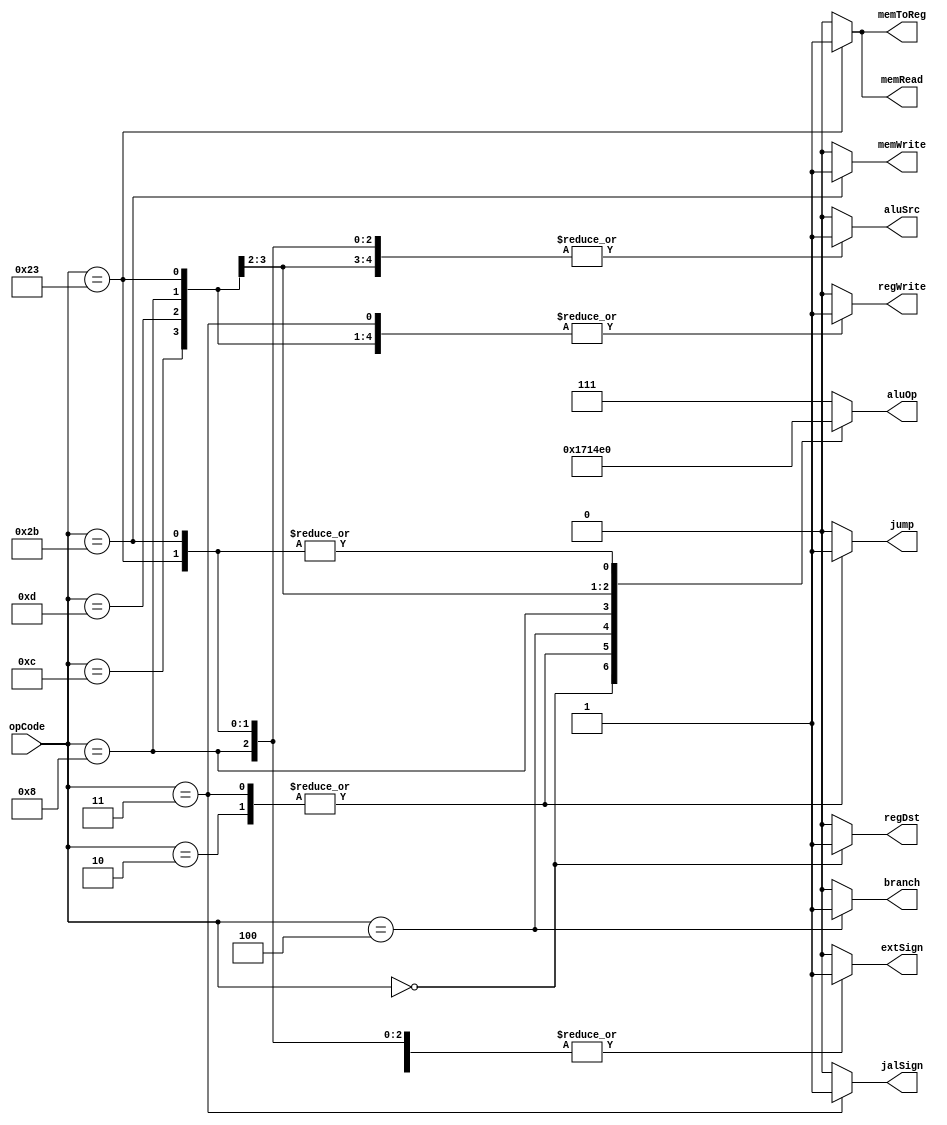
`timescale 1ns / 1ps
//////////////////////////////////////////////////////////////////////////////////
// Company: 
// Engineer: 
// 
// Design Name: 
// Module Name: Ctr
// Project Name: 
// Target Devices: 
// Tool Versions: 
// Description: 
// 
// Dependencies: 
// 
// Revision:
// Revision 0.01 - File Created
// Additional Comments:
// 
//////////////////////////////////////////////////////////////////////////////////


module Ctr(
    input [5 : 0] opCode,
    output reg regDst,
    output reg aluSrc,
    output reg memToReg,
    output reg regWrite,
    output reg memRead,
    output reg memWrite,
    output reg branch,
    output reg [2 : 0] aluOp,
    output reg jump,
    output reg extSign,
    output reg jalSign
    );
    
    always @(opCode)
    begin
        case(opCode)
            6'b000000:      // R Type
            begin
                regDst = 1;
                aluSrc = 0;
                memToReg = 0;
                regWrite = 1;
                memRead = 0;
                memWrite = 0;
                branch = 0;
                aluOp = 3'b101;
                jump = 0;
                extSign = 0;
                jalSign = 0;
            end
            6'b000010:      // jump
            begin
                regDst = 0;
                aluSrc = 0;
                memToReg = 0;
                regWrite = 0;
                memRead = 0;
                memWrite = 0;
                branch = 0;
                aluOp = 3'b110;
                jump = 1;
                extSign = 0;
                jalSign = 0;
            end
            6'b000011:    // jal
            begin
                regDst = 0;
                aluSrc = 0;
                memToReg = 0;
                regWrite = 1;
                memRead = 0;
                memWrite = 0;
                branch = 0;
                aluOp = 3'b110;
                jump = 1;
                extSign = 0;
                jalSign = 1;
            end
            6'b000100:      // beq
            begin
                regDst = 0;
                aluSrc = 0;
                memToReg = 0;
                regWrite = 0;
                memRead = 0;
                memWrite = 0;
                branch = 1;
                aluOp = 3'b001;
                jump = 0;
                extSign = 1;
                jalSign = 0;
            end
            6'b001000:      // addi
            begin
                regDst = 0;
                aluSrc = 1;
                memToReg = 0;
                regWrite = 1;
                memRead = 0;
                memWrite = 0;
                branch = 0;
                aluOp = 3'b010;
                jump = 0;
                extSign = 1;
                jalSign = 0;
            end
            6'b001100:     // andi
            begin
                regDst = 0;
                aluSrc = 1;
                memToReg = 0;
                regWrite = 1;
                memRead = 0;
                memWrite = 0;
                branch = 0;
                aluOp = 3'b011;
                jump = 0;
                extSign = 0;
                jalSign = 0;
            end
            6'b001101:     // ori
            begin
                regDst = 0;
                aluSrc = 1;
                memToReg = 0;
                regWrite = 1;
                memRead = 0;
                memWrite = 0;
                branch = 0;
                aluOp = 3'b100;
                jump = 0;
                extSign = 0;
                jalSign = 0;
            end
            
            6'b100011:      // lw
            begin
                regDst = 0;
                aluSrc = 1;
                memToReg = 1;
                regWrite = 1;
                memRead = 1;
                memWrite = 0;
                branch = 0;
                aluOp = 3'b000;
                jump = 0;
                extSign = 1;
                jalSign = 0;
            end
            6'b101011:      // sw
            begin
                regDst = 0;
                aluSrc = 1;
                memToReg = 0;
                regWrite = 0;
                memRead = 0;
                memWrite = 1;
                branch = 0;
                aluOp = 3'b000;
                jump = 0;
                extSign = 1;
                jalSign = 0;
            end
            default:        // default
            begin
                regDst = 0;
                aluSrc = 0;
                memToReg = 0;
                regWrite = 0;
                memRead = 0;
                memWrite = 0;
                branch = 0;
                aluOp = 3'b111;
                jump = 0;
                extSign = 0;
                jalSign = 0;
            end
        endcase
    end
endmodule